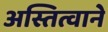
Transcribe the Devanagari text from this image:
अस्तित्वाने